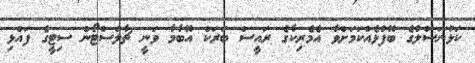
ކަޅުނަސްލުގެ ބޭފުޅެއްކަމަށްވާ އެމެރިކާގެ ރައީސް ބަރަކް އޮބާމާ ވަނީ ޗާލްސްޓޯން ސިޓީގެ ފައްޅި